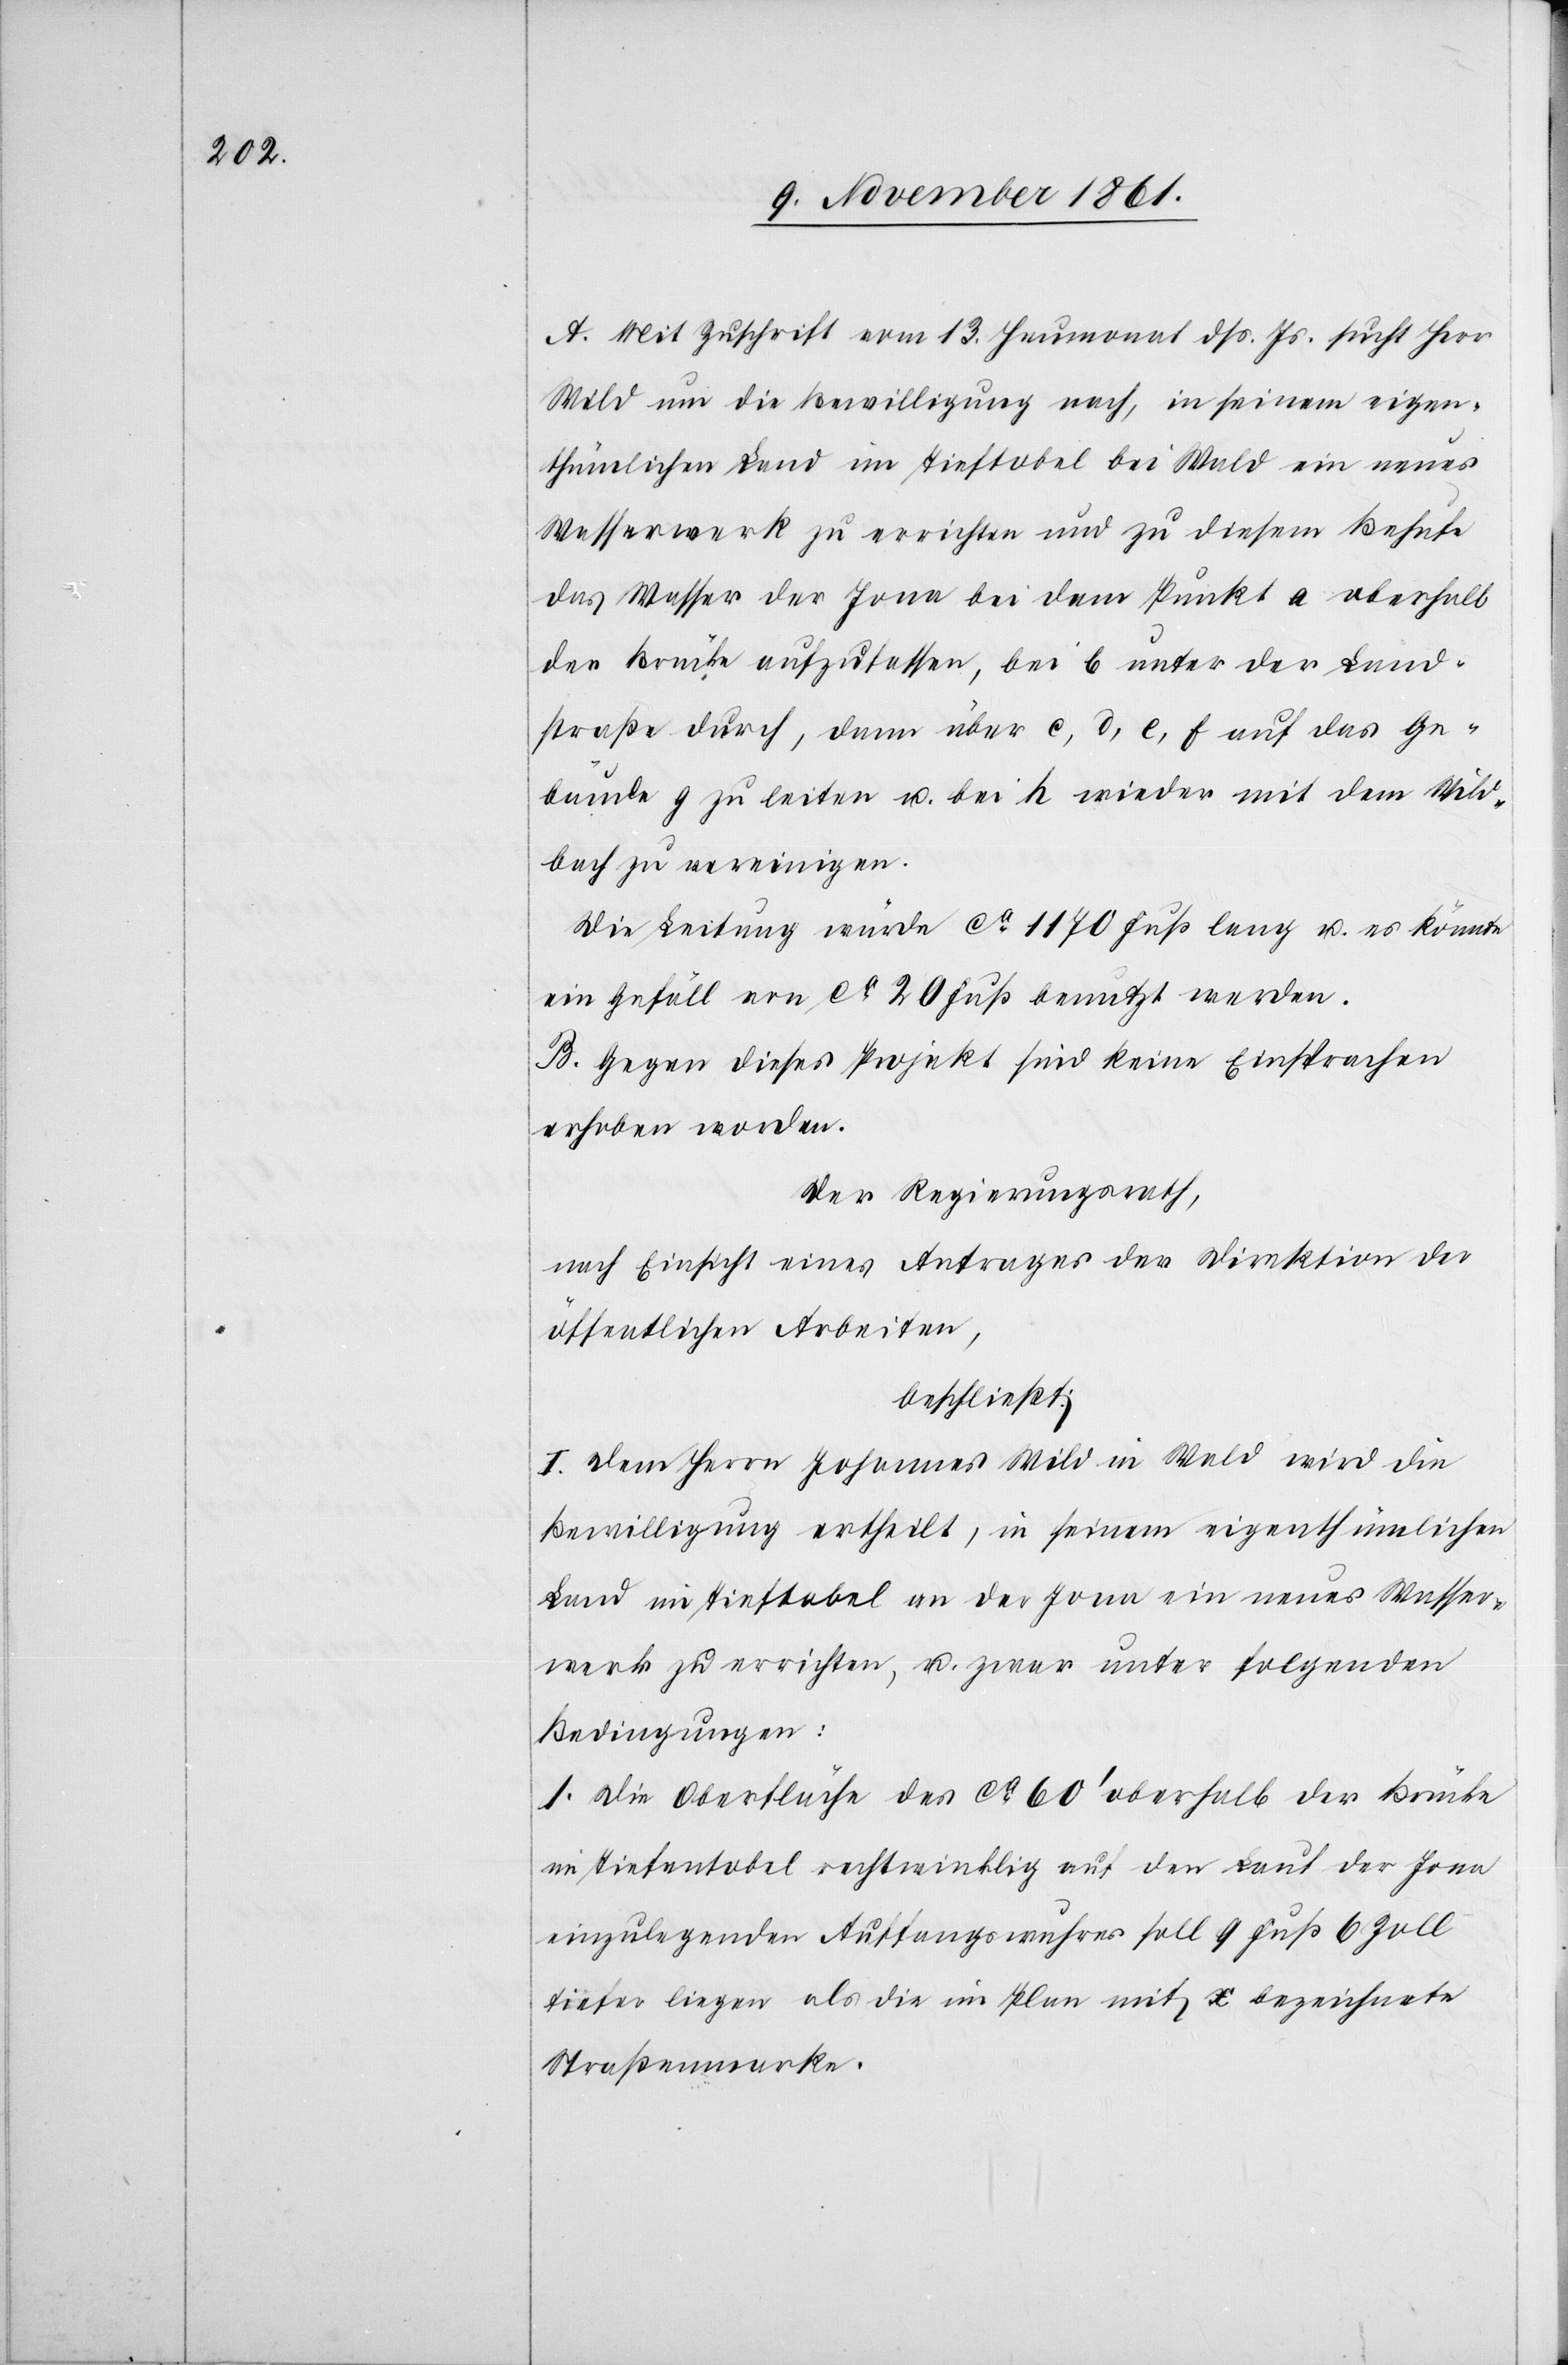
A. Mit Zuschrift vom 13 Heumonat dß. Js. sucht Herr
Wild um die Bewilligung nach, in seinem eigen¬
thümlichen Land im Tieftobel bei Wald ein neues
Wasserwerk zu errichten und zu diesem Behufe
das Wasser der Jona bei dem Punkt a oberhalb
der Brücke aufzufassen, bei b unter der Land¬
straße durch, dann über c, d, e, f auf das Ge¬
bäude g zu leiten u. bei h wieder mit dem Wild¬
bach zu vereinigen.
B. Gegen dieses Projekt sind keine Einsprachen
erhoben worden.
Der Regierungsrath,
nach Einsicht eines Antrages der Direktion der
öffentlichen Arbeiten,
beschließt:
I. Dem Herrn Johannes Wild in Wald wird die
Bewilligung ertheilt, in seinem eigenthümlichen
Land im Tieftobel an der Jona ein neues Wasser¬
werk zu errichten, u. zwar unter folgenden
Bedingungen:
1. Die Oberfläche des ca 60’ oberhalb der Brücke
im Tiefentobel rechtwinklig auf den Lauf der Jona
einzulegenden Auffangswuhres soll 9 Fuß 6 Zoll
tiefer liegen als die im Plan mit x bezeichnete
Straßenmarke.